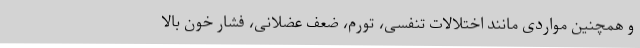
و همچنین مواردی مانند اختلالات تنفسی، تورم، ضعف عضلانی، فشار خون بالا